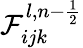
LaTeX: \mathcal{F}_{ijk}^{l,n-\frac{1}{2}}